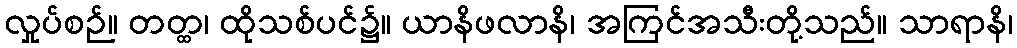
လှုပ်စဉ်။ တတ္ထ၊ ထိုသစ်ပင်၌။ ယာနိဖလာနိ၊ အကြင်အသီးတို့သည်။ သာရာနိ၊